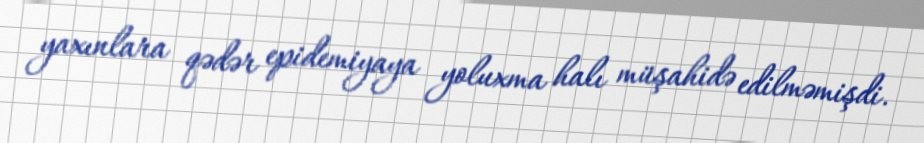
yaxınlara qədər epidemiyaya yoluxma halı müşahidə edilməmişdi.